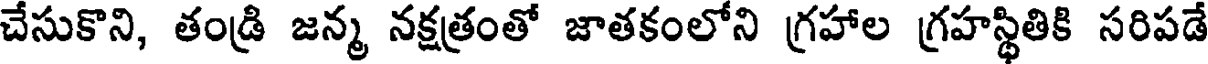
చేసుకొని, తండ్రి జన్మ నక్షత్రంతో జాతకంలోని గ్రహాల గ్రహస్థితికి సరిపడే